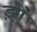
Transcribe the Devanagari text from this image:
झ़ों